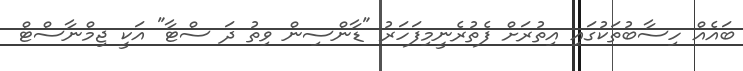
ބައެއް ހިސާބުތަކުގައި އިތުރަށް ފެތުރެނީމިފަހަރު "ޑާންސިން ވިތު ދަ ސްޓާ" އަކީ ޖިމްނާސްޓް